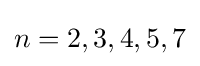
n=2,3,4,5,7